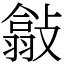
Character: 㪧